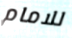
للامام